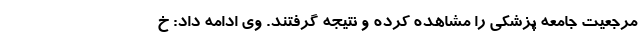
مرجعیت جامعه پزشکی را مشاهده کرده و نتیجه گرفتند. وی ادامه داد: خ